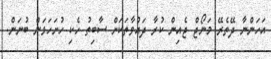
އަހަންނާ ދޭތެރޭ މަނޯޖް ޖެއިން ކުރާ ދައުވާތަކަށް ސާބިތު ހެކި ހުށަހަޅަން ބުނަން.